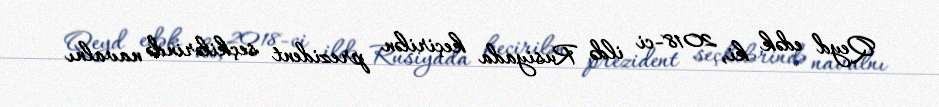
Qeyd edək ki, 2018-ci ildə Rusiyada keçirilən prezident seçkilərində navalnı